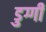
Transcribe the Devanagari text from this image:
डुग्गी